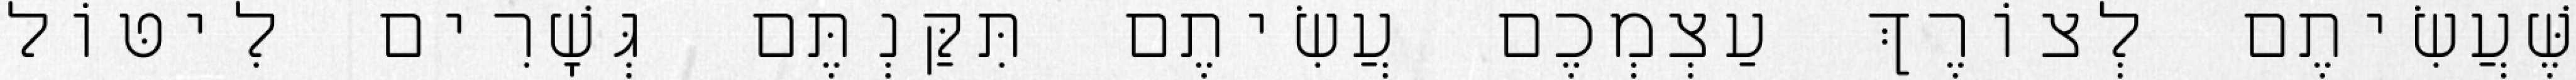
שֶּׁעֲשִׂיתֶם לְצוֹרֶךְ עַצְמְכֶם עֲשִׂיתֶם תִּקַּנְתֶּם גְּשָׁרִים לִיטּוֹל